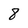
Character: 8